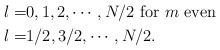
LaTeX: \begin{align*}l=&0,1,2, \cdots ,N/2 \text{ for $m$ even}\\ l=&1/2,3/2,\cdots , N/ 2 .\end{align*}